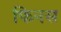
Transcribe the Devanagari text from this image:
फिनस